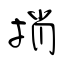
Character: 捎